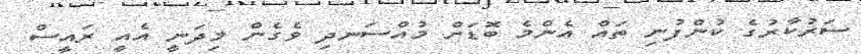
ސަރުކާރުގެ ކުންފުނި ތައް އެންމެ ބޮޑަށް މުއްސަނދި ވެގެން މިދަނީ އެއީ ރައީސް